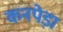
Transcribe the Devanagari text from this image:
कनपेड़ा